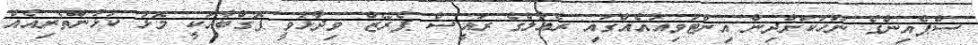
ސްޕެއިންގެ ނޫހަކަށްދިން އިންޓަވިއުއެއްގައި ރެއާލްގެ ރައީސް ޕެރޭޒް ވިދާޅުވީ ޕޮގްބާއަކީ މޮޅު ކުޅުންތެރިއެއް